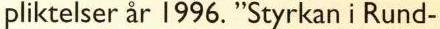
pliktelser år 1996. "Styrkan i Rund-